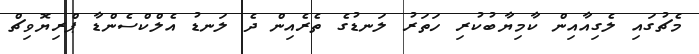
މެޗުގައި ލެގިއާއިން ކާމިޔާބުކުރި ހަތަރު ލަނޑުގެ ތެރެއިން ދެ ލަނޑު އެލްކްސެންޑާ ޕްރިޔޮވިޗް